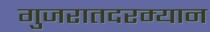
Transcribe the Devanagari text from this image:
गुजरातदरम्यान